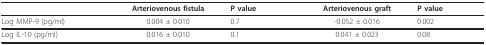
<table><thead><tr><td></td><td><b>Arteriovenous fistula</b></td><td><b>P value</b></td><td><b>Arteriovenous graft</b></td><td><b>P value</b></td></tr></thead><tbody><tr><td>Log MMP-9 (pg/ml)</td><td>0.004 ± 0.010</td><td>0.7</td><td>-0.052 ± 0.016</td><td>0.002</td></tr><tr><td>Log IL-10 (pg/ml)</td><td>0.016 ± 0.010</td><td>0.1</td><td>0.041 ± 0.023</td><td>0.08</td></tr></tbody></table>